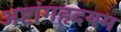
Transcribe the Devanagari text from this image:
अष्टांगहृदयम